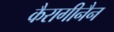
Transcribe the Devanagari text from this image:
कैरागीनैन